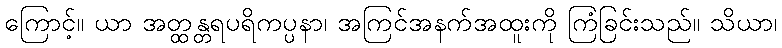
ကြောင့်။ ယာ အတ္ထန္တရပရိကပ္ပနာ၊ အကြင်အနက်အထူးကို ကြံခြင်းသည်။ သိယာ၊